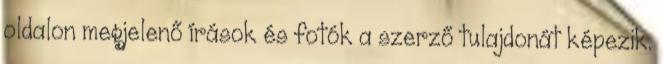
oldalon megjelenő írások és fotók a szerző tulajdonát képezik.